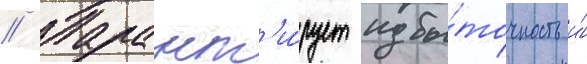
// Гарант'и́рует избы́точность и́